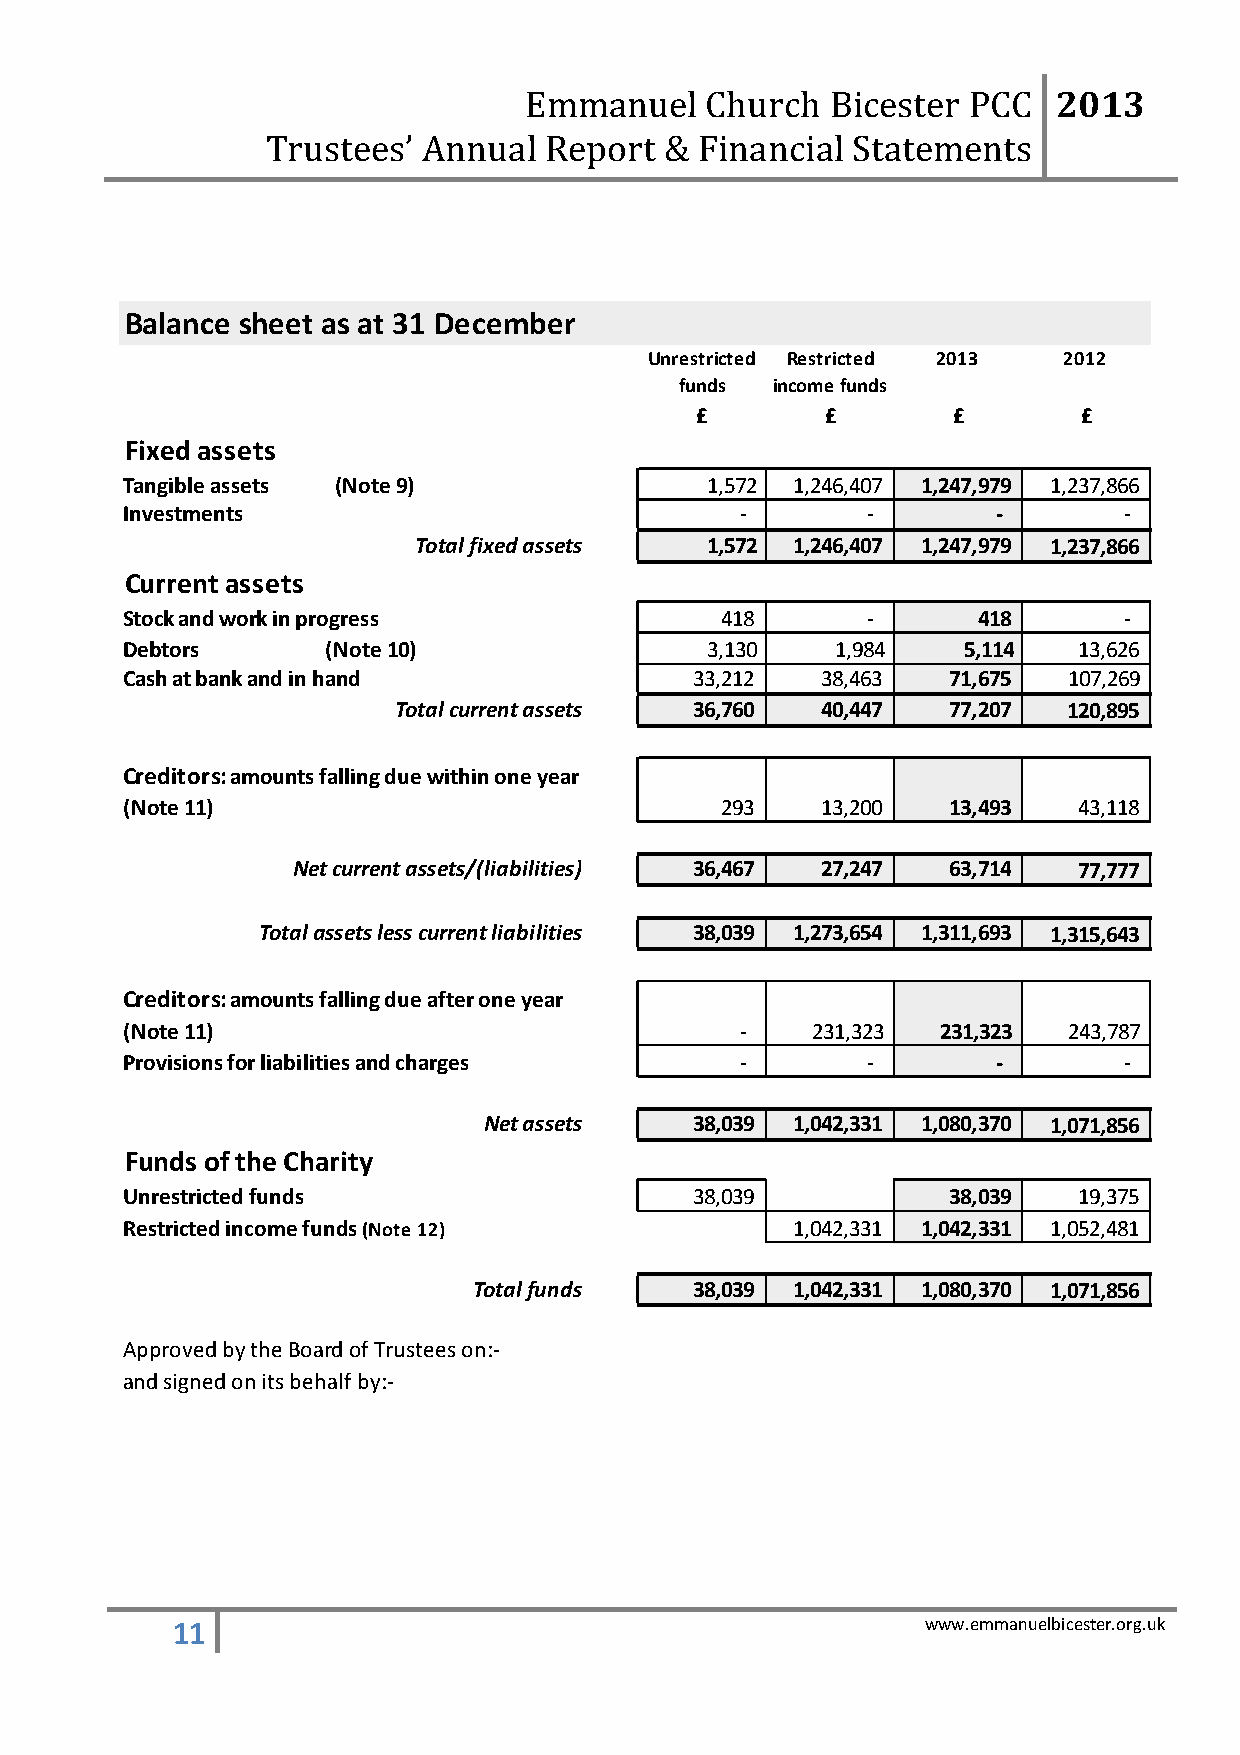
2013
 Emmanuel    Church  Bicester PCC
 Trustees’ Annual  Report  & Financial Statements
 Balance sheet as at 31 December
 Unrestricted Restricted 2013 2012
 funds income funds
 £        £       £        £
 Fixed assets                         F01      F02     F04      F05
 B0
 Tangible assets (Note 9)         B10   1,572 1,246,407 1,247,979 1,237,866
 Investments                      3       -       -        -       -
 B0
 Total fixed assets 4 1,572 1,246,407 1,247,979 1,237,866
 Current assets
 B0
 Stock and work in progress       5      418      -       418      -
 B0
 Debtors       (Note 10)          B60   3,130   1,984    5,114  13,626
 Cash at bank and in hand         8    33,212  38,463   71,675  107,269
 B0
 Total current assets 9 36,760 40,447 77,207  120,895
 Creditors: amounts falling due within one year
 B1
 (Note 11)                        0      293   13,200   13,493  43,118
 B1
 Net current assets/(liabilities) 1 36,467 27,247 63,714 77,777
 B1
 Total assets less current liabilities 2 38,039 1,273,654 1,311,693 1,315,643
 Creditors: amounts falling due after one year
 B1
 (Note 11)                        3       -    231,323 231,323  243,787
 Provisions for liabilities and charges B14 -     -        -       -
 B1
 Net assets 5  38,039 1,042,331 1,080,370 1,071,856
 Funds of the Charity
 B1
 Unrestricted funds               6    38,039           38,039  1 9,375
 B1
 Restricted income funds (Note 12) 8          1,042,331 1,042,331 1 ,052,481
 B2
 Total funds 0  38,039 1,042,331 1,080,370 1,071,856
 Approved by the Board of Trustees on:-
 and signed on its behalf by:-
 11                                                www.emmanuelbicester.org.uk
 etoN